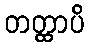
တတ္ထာပိ